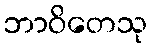
ဘာဝိတေသု